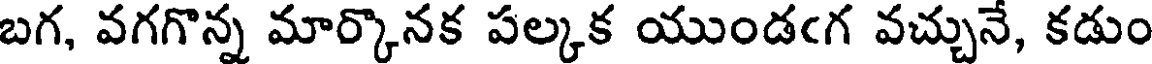
బగ, వగగొన్న మార్కొనక పల్కక యుండఁగ వచ్చునే, కడుం